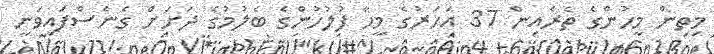
މިތިން މީހުންގެ ތެރެއިން 37 އަހަރުގެ މީހާ ފުލުހުންގެ ބެލުމުގެ ދަށަށް ގެނެސްފައިވަނީ